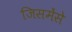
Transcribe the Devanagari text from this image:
जिसमेंसे